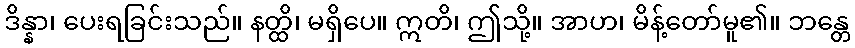
ဒိန္နာ၊ ပေးရခြင်းသည်။ နတ္ထိ၊ မရှိပေ။ ဣတိ၊ ဤသို့။ အာဟ၊ မိန့်တော်မူ၏။ ဘန္တေ